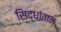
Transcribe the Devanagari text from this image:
सिद्धांतान्